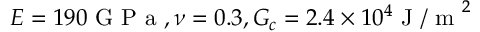
E = 1 9 0 \mathrm { ~ G ~ P ~ a ~ } , \nu = 0 . 3 , G _ { c } = 2 . 4 \times 1 0 ^ { 4 } \mathrm { ~ J ~ / ~ m ~ } ^ { 2 }